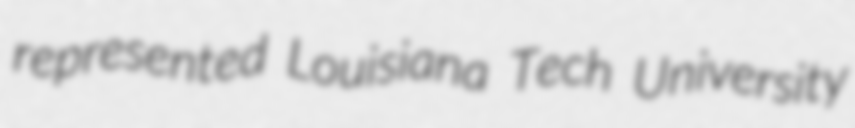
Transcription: represented Louisiana Tech University